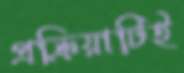
প্রক্রিয়াটিই